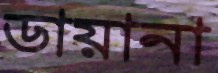
ডায়ানা